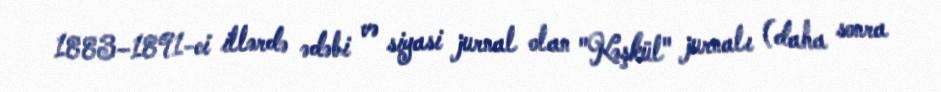
1883–1891-ci illərdə ədəbi və siyasi jurnal olan "Kəşkül" jurnalı (daha sonra